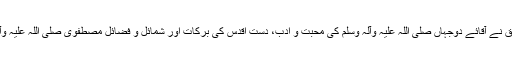
منہاج ویمن لیگ اوسلو کی ناظمہ دعوت صفیہ اشفاق نے آقائے دوجہاں صلی اللہ علیہ وآلہ وسلم کی محبت و ادب، دست اقدس کی برکات اور شمائل و فضائل مصطفوی صلی اللہ علیہ وآلہ وسلم کے موضوعات پر خصوصی خطاب کئے۔